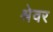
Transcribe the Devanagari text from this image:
श्रेवर